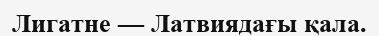
Лигатне — Латвиядағы қала.